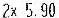
2X 5.90